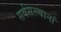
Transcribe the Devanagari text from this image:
सर्वसत्त्वानां